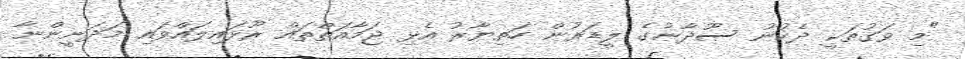
"މި ވަގުތަކީ ދެކުނު ސޫދާނުގެ ލީޑަރުން ހަތިޔާރު އެޅި ޖަމާއަތްތައް ރޫޅައިލައްވައި މަދަނީންނާ